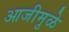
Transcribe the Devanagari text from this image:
आजीमुळे